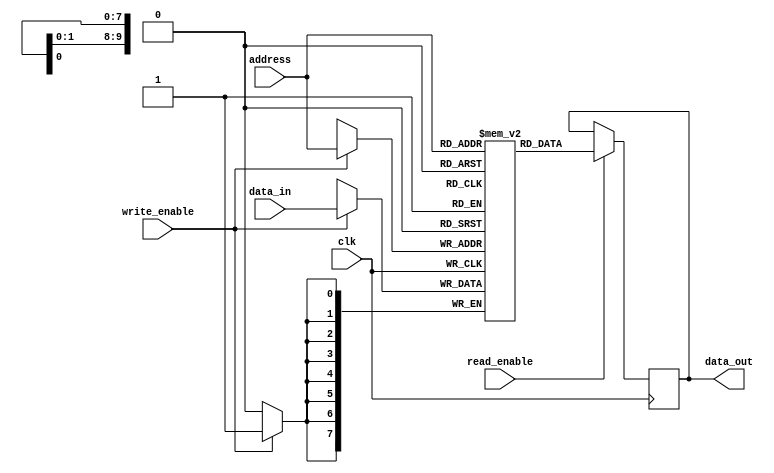
module RAM(
    input wire clk,
    input wire [N-1:0] address,
    input wire [M-1:0] data_in,
    input wire write_enable,
    input wire read_enable,
    output reg [M-1:0] data_out
);

parameter N = 10; // Address width
parameter M = 8; // Data width

reg [M-1:0] memory [2**N-1:0];

always @(posedge clk) begin
    if(write_enable) begin
        memory[address] <= data_in;
    end

    if(read_enable) begin
        data_out <= memory[address];
    end
end

endmodule